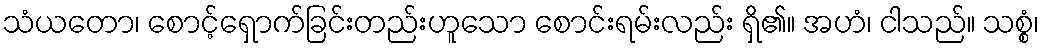
သံယတော၊ စောင့်ရှောက်ခြင်းတည်းဟူသော စောင်းရမ်းလည်း ရှိ၏။ အဟံ၊ ငါသည်။ သစ္စံ၊